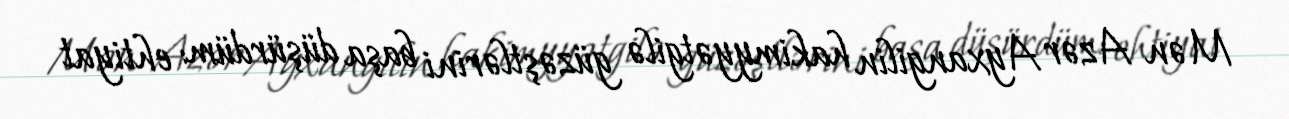
Mən Azər Ayxangilin hakimyyətgilə güzəştlərini başa düşürdüm: ehtiyat